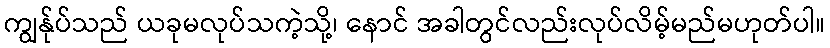
ကျွန်ုပ်သည် ယခုမလုပ်သကဲ့သို့၊ နောင် အခါတွင်လည်းလုပ်လိမ့်မည်မဟုတ်ပါ။